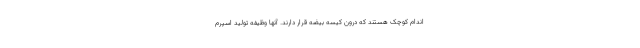
اندام کوچک هستند که درون کیسه بیضه قرار دارند. آنها وظیفه تولید اسپرم